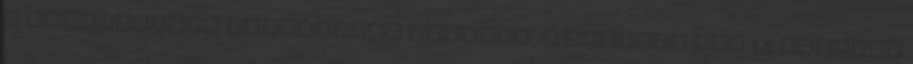
a szerkesztők javaslatai alapján. A vitában már 1,5 hónapja